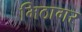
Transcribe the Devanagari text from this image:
मिठागर